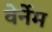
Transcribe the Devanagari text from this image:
वेर्नेम